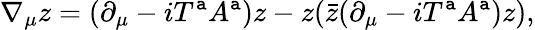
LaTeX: \nabla_{\mu}z=(\partial_{\mu}-iT^{\mathtt{a}}A^{\mathtt{a}})z-z(\bar{{z}}(\partial_{\mu}-iT^{\mathtt{a}}A^{\mathtt{a}})z),